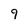
Character: 9